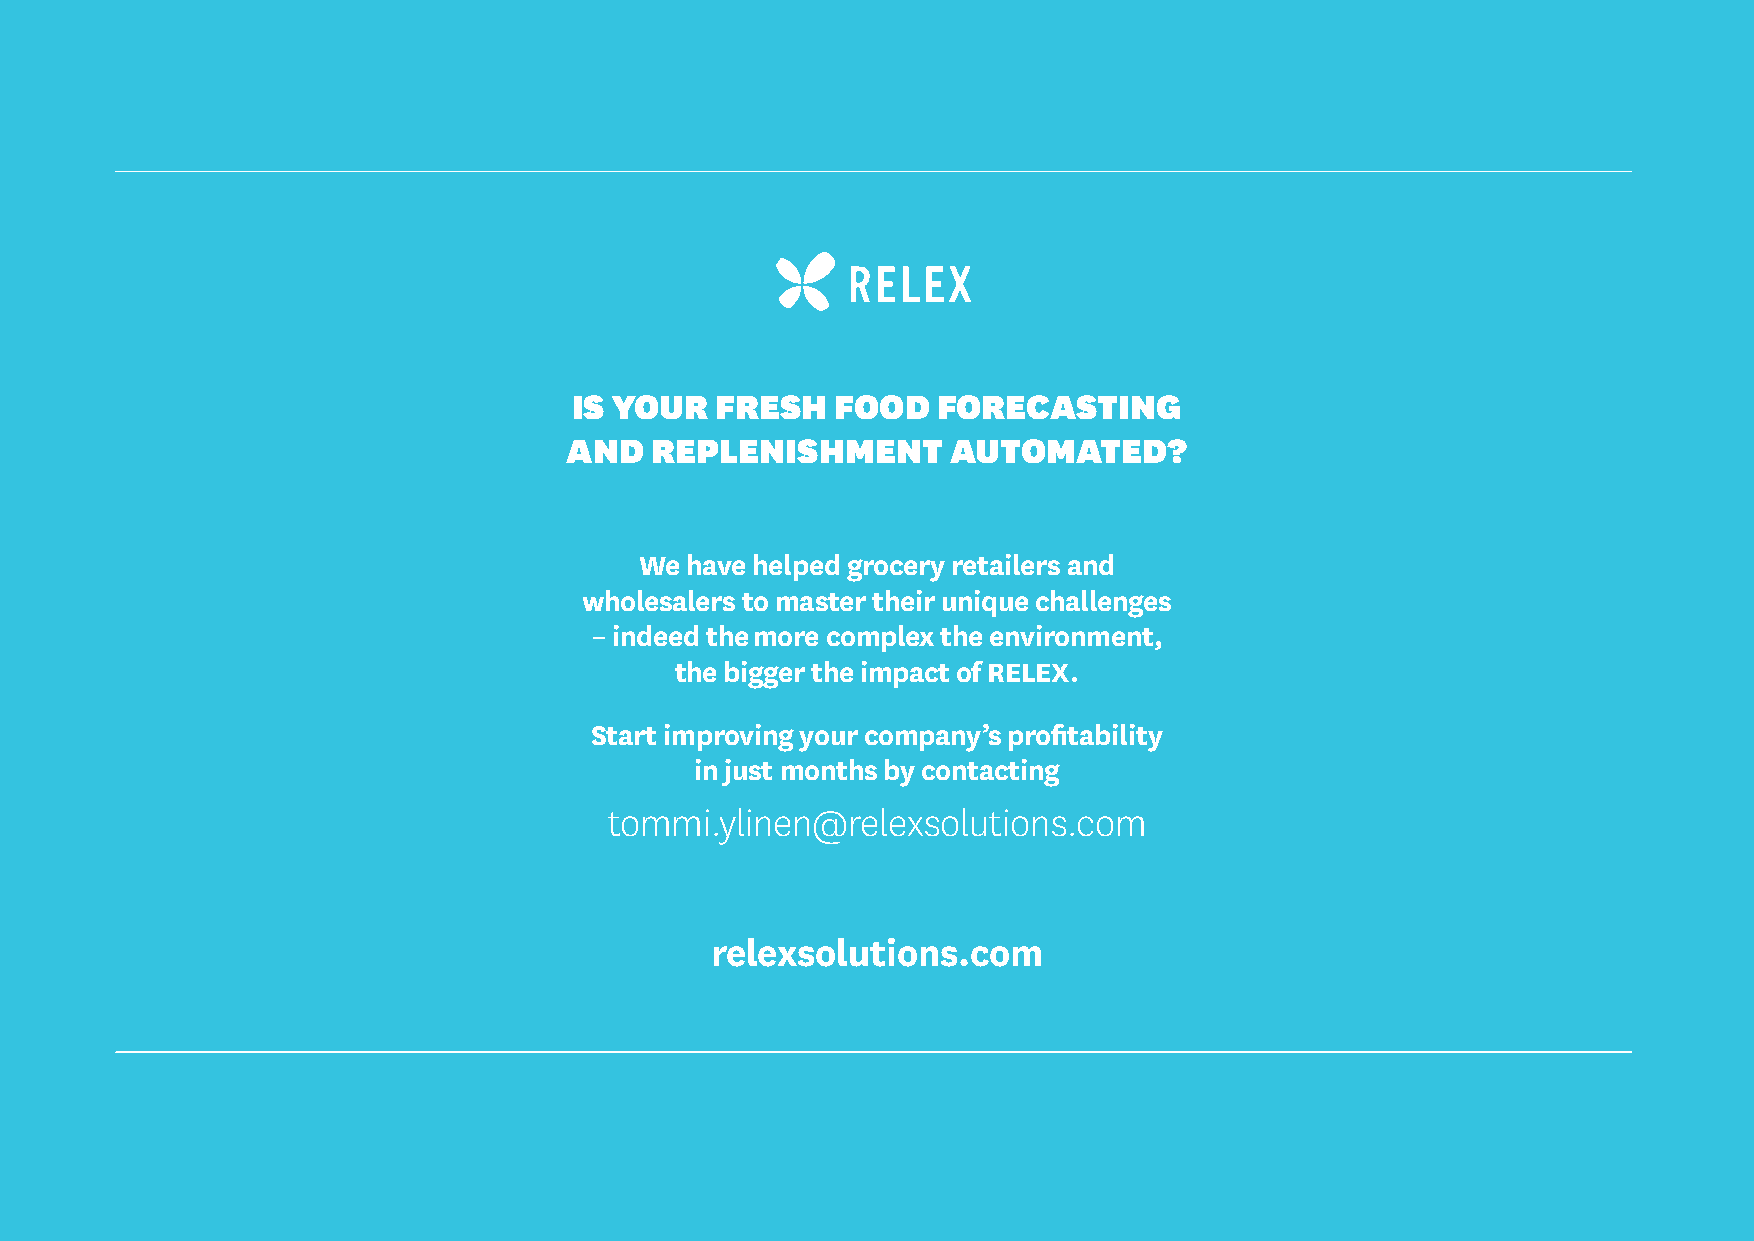
IS YOUR  FRESH   FOOD   FORECASTING
 AND   REPLENISHMENT       AUTOMATED?
 We have helped grocery retailers and
 wholesalers to master their unique challenges
 – indeed the more complex the environment,
 the bigger the impact of RELEX.
 Start improving your company’s profitability
 in just months by contacting
 tommi.ylinen@relexsolutions.com
 relexsolutions.com
 19                                                                                © RELEX • www.RELEXsoLutions.com